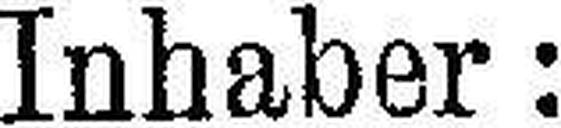
Inhaber: